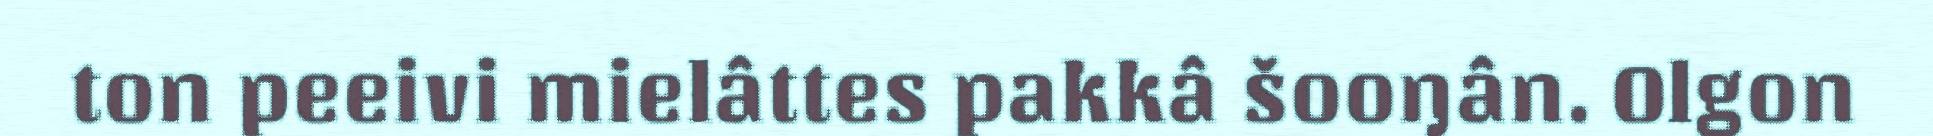
ton peeivi mielâttes pakkâ šooŋân. Olgon